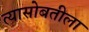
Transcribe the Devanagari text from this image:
त्यासोबतीला